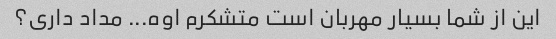
این از شما بسیار مهربان است متشکرم اوه... مداد داری؟